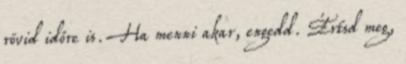
rövid időre is. Ha menni akar, engedd. Értsd meg,